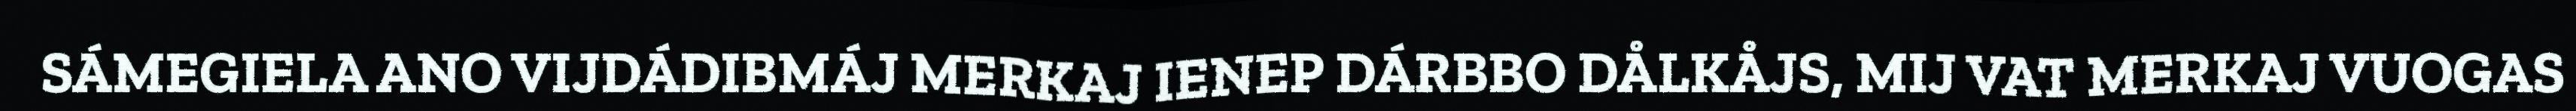
SÁMEGIELA ANO VIJDÁDIBMÁJ MERKAJ IENEP DÁRBBO DÅLKÅJS, MIJ VAT MERKAJ VUOGAS